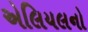
એલિયલનો